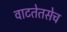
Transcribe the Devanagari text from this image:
वाटतेतसेच